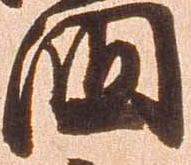
国